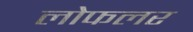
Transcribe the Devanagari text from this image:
लोफलर